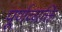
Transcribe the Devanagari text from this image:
पूर्णव्यक्ति